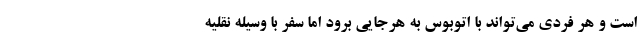
است و هر فردی می‌تواند با اتوبوس به هرجایی برود اما سفر با وسیله نقلیه